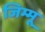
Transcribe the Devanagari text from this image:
जिम्मू